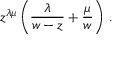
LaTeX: z ^ { \lambda \mu } \left( { \frac { \lambda } { w - z } } + { \frac { \mu } { w } } \right) \, .